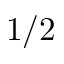
1 / 2